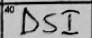
Transcription: DSI